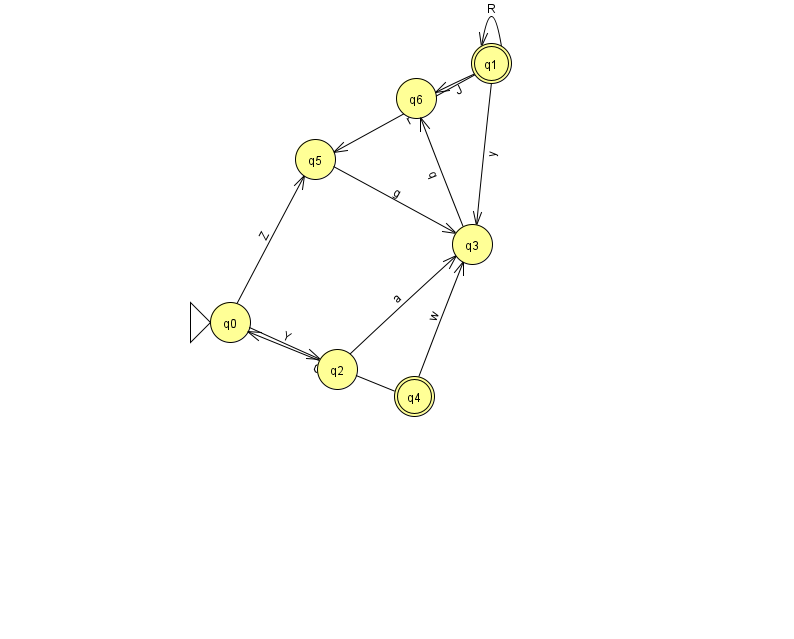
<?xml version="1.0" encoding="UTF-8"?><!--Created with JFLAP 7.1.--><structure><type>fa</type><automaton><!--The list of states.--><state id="0" name="q0"><x>230.0</x><y>309.0</y><initial/></state><state id="1" name="q1"><x>491.0</x><y>50.0</y><final/></state><state id="2" name="q2"><x>337.0</x><y>356.0</y></state><state id="3" name="q3"><x>472.0</x><y>231.0</y></state><state id="4" name="q4"><x>414.0</x><y>383.0</y><final/></state><state id="5" name="q5"><x>315.0</x><y>146.0</y></state><state id="6" name="q6"><x>416.0</x><y>85.0</y></state><!--The list of transitions.--><transition><from>1</from><to>1</to><read>R</read></transition><transition><from>2</from><to>3</to><read>a</read></transition><transition><from>1</from><to>3</to><read>y</read></transition><transition><from>5</from><to>3</to><read>g</read></transition><transition><from>3</from><to>6</to><read>q</read></transition><transition><from>0</from><to>5</to><read>Z</read></transition><transition><from>4</from><to>0</to><read>G</read></transition><transition><from>4</from><to>3</to><read>w</read></transition><transition><from>0</from><to>2</to><read>Y</read></transition><transition><from>1</from><to>5</to><read>r</read></transition><transition><from>1</from><to>6</to><read>J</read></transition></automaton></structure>